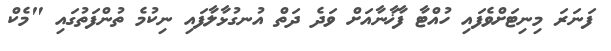
ފަނަރަ މިނިޓަށްވެފައި ހުއްޓާ ފާޚާނާއަށް ވަދެ ދަތް އުނގުޅާލާފައި ނިކުމެ ތުންފަތުގައި "މެކް